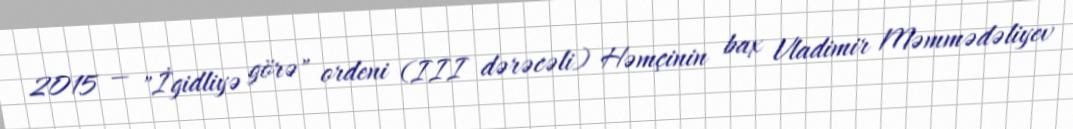
2015 — "İgidliyə görə" ordeni (III dərəcəli) Həmçinin bax Vladimir Məmmədəliyev